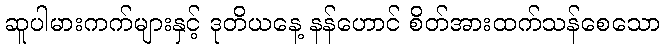
ဆူပါမားကက်များနှင့် ဒုတိယနေ့ နန်ဟောင် စိတ်အားထက်သန်စေသော